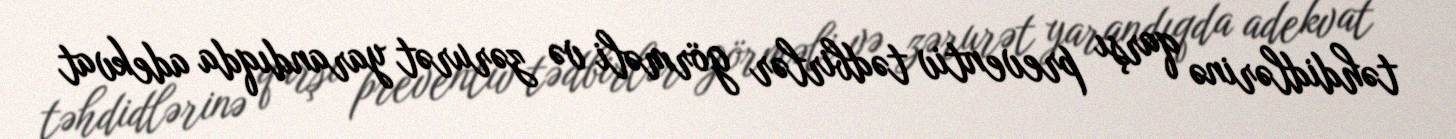
təhdidlərinə qarşı preventiv tədbirlər görməli və zərurət yarandıqda adekvat